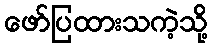
ဖော်ပြထားသကဲ့သို့